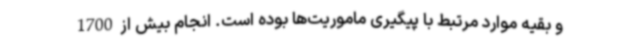
و بقیه موارد مرتبط با پیگیری ماموریت‌ها بوده است. انجام بیش از1700